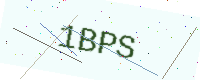
Text: 1BPS